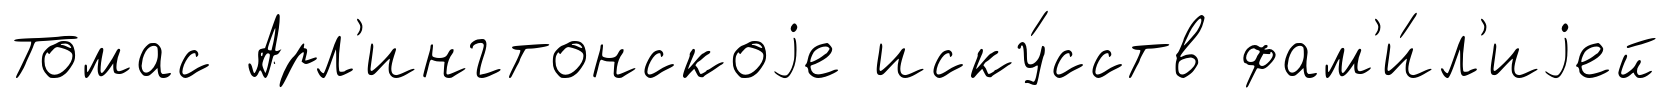
Томас Арл'ингтонскоjе иску́сств фам'и́л'иjей